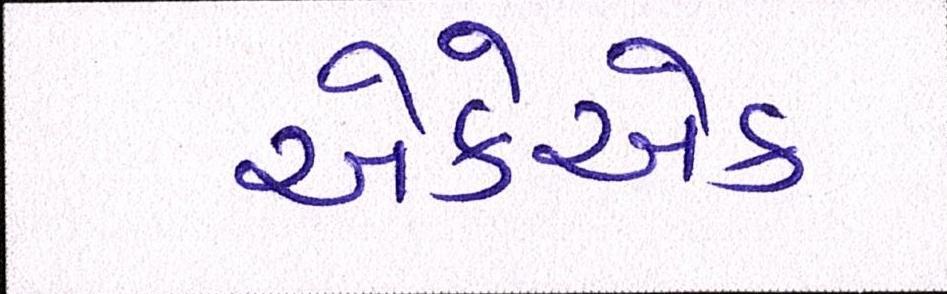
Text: એકેએક